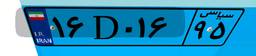
۰۳D۰۷۷۷۳